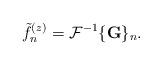
LaTeX: \begin{align*}\tilde{f}_n^{(z)} = \mathcal{F}^{-1} \{\textbf{G}\}_n.\end{align*}